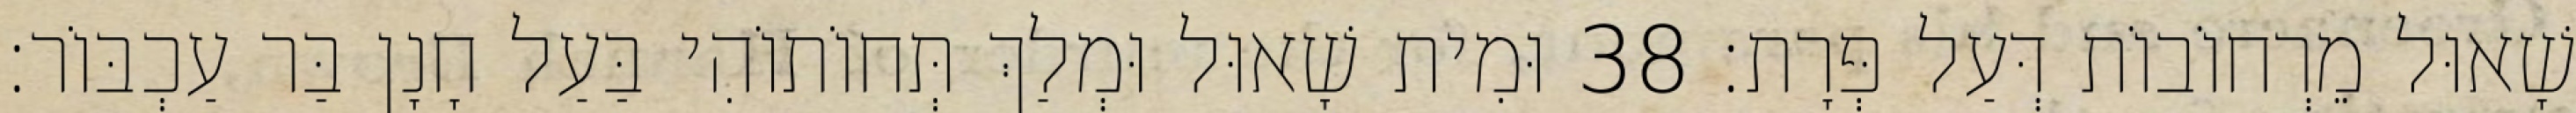
שָׁאוּל מֵרְחוֹבוֹת דְּעַל פְּרָת׃ 38 וּמִית שָׁאוּל וּמְלַךְ תְּחוֹתוֹהִי בַּעַל חָנָן בַּר עַכְבּוֹר׃